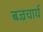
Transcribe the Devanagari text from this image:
बज्रचार्य